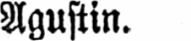
Agustin.